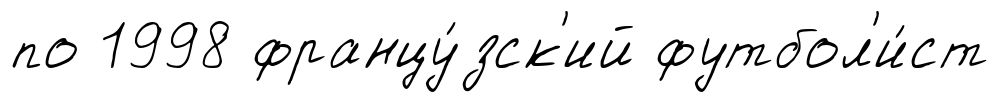
по 1998 францу́зск'ий футбол'и́ст